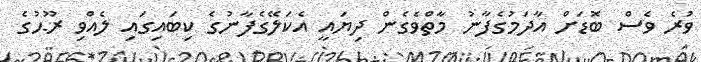
ވުރެ ވެސް ބޮޑަށް އާދަމުގެފާނު މާތްވެގެން ދިޔައީ އެކަލޭގެފާނުގެ ކިބައިގައި ލެއްވި ރޫޙުގެ